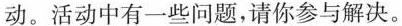
动。活动中有一些问题，请你参与解决。